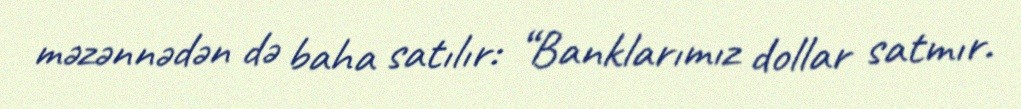
məzənnədən də baha satılır: “Banklarımız dollar satmır.